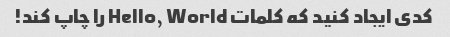
کدی ایجاد کنید که کلمات Hello, World را چاپ کند!